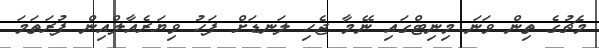
މެޗުގެ ތިން ވަނަ މިނިޓްގައި ނޭމާ ޖެހި ލަނޑަށް ފަހު ވިޔަރެއާލްއިން ފުރަތަމަ